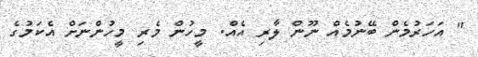
" އަހަރުމެން ބޭނުމެއް ނޫން ލާރި އެއް. މީހުން މެރި މީހުންނަށް އެކަމުގެ